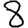
Digit: 8